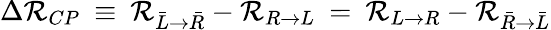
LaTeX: \Delta{\cal R}_{CP}\: \equiv\: {\cal R}_{{\bar{L}}\to{\bar{R}}}-{\cal R}_{R\to L}\: =\: {\cal R}_{{L}\to{R}}-{\cal R}_{{\bar{R}}\to{\bar{L}}}